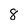
Character: 8